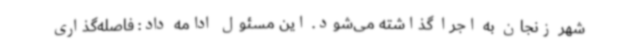
شهر زنجان به اجرا گذاشته می‌شود. این مسئول ادامه داد: فاصله‌گذاری